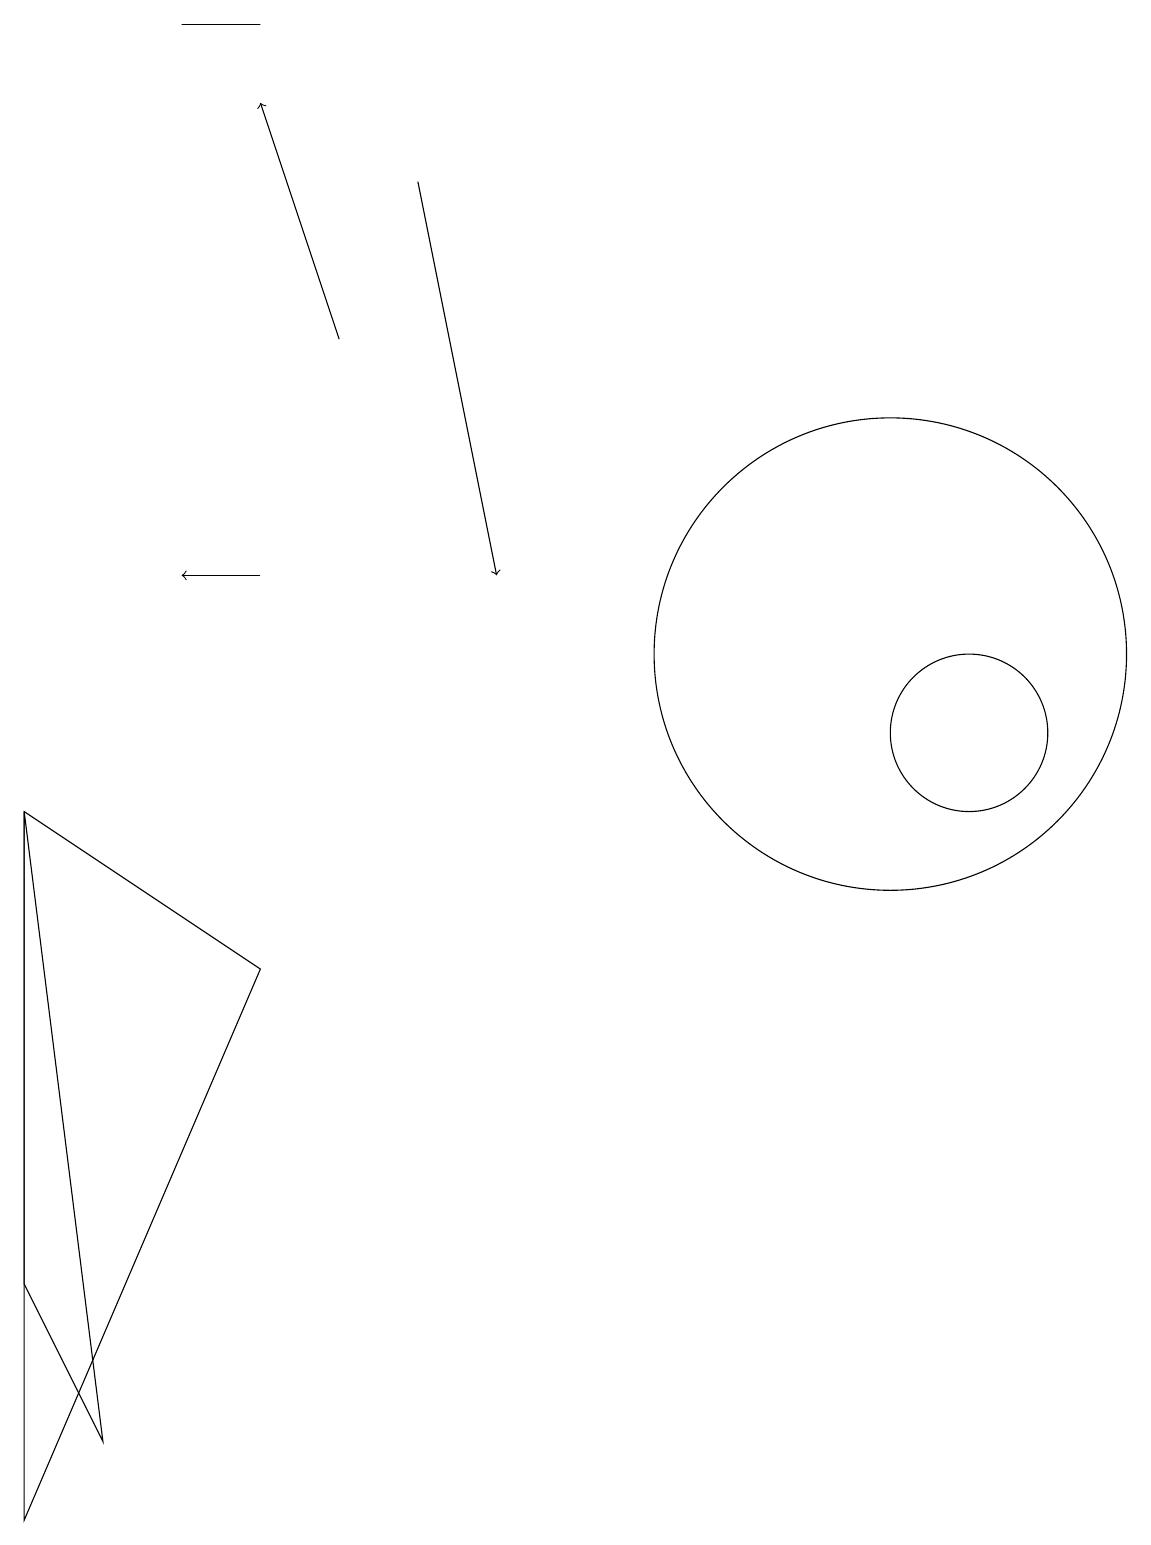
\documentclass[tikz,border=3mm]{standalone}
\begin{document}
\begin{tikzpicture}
\draw (0,9) -- (1,1) -- (0,3) -- cycle;
\draw[->] (3,12) -- (2,12);
\draw (11,11) circle (3);
\draw (0,0) -- (0,9) -- (3,7) -- cycle;
\draw (12,10) circle (1);
\draw[->] (5,17) -- (6,12);
\draw[->] (4,15) -- (3,18);
\draw (2,19) rectangle (3,19);
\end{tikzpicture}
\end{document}